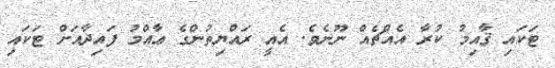
ޓަކައި ޤާއިމު ކުރާ އެއްޗެއް ނޫނެވެ. އެއީ ރައްޔިތުންގެ ޢާއްމު ފައިދާއަށް ޓަކައި